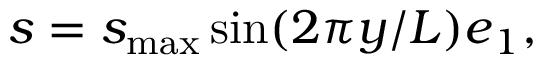
\begin{array} { r } { \boldsymbol { s } = s _ { \mathrm { m a x } } \sin ( 2 \pi y / L ) \boldsymbol { e } _ { 1 } , } \end{array}